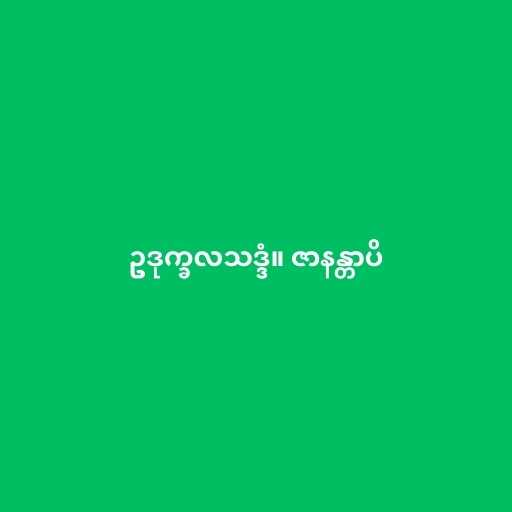
ဥဒုက္ခလသဒ္ဒံ။ ဇာနန္တာပိ